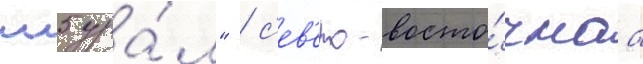
м5 ура́л" / с'ев'еро-восто́чнаа